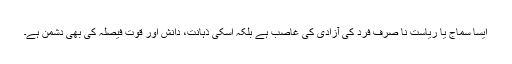
ایسا سماج یا ریاست نا صرف فرد کی آزادی کی غاصب ہے بلکہ اسکی ذہانت، دانش اور قوت فیصلہ کی بھی دشمن ہے۔